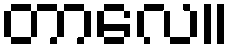
တာလေ။